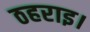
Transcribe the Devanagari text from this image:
ठहराइ।